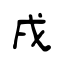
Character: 戌